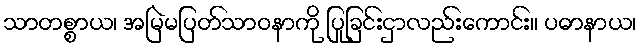
သာတစ္စာယ၊ အမြဲမပြတ်သာဝနာကို ပြုခြင်းငှာလည်းကောင်း။ ပဓာနာယ၊